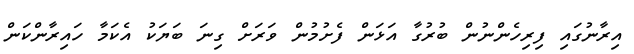
އިރާނުގައި ފިރިހެންނުން ބުރުގާ އަޅަން ފެށުމުން ވަރަށް ގިނަ ބަޔަކު އެކަމާ ހައިރާންކަން